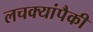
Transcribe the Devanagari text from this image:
लचक्यांपैकी